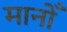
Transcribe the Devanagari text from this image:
मानोँ